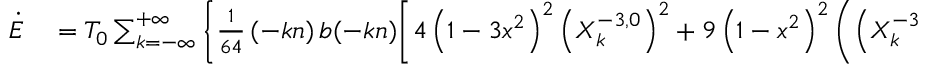
\begin{array} { r l } { \dot { E } } & { { } = { \cal T } _ { 0 } \sum _ { k = - \infty } ^ { + \infty } \Bigg \{ \frac { 1 } { 6 4 } \, ( - k n ) \, b ( - k n ) \bigg [ 4 \left( 1 - 3 x ^ { 2 } \right) ^ { 2 } \left( X _ { k } ^ { - 3 , 0 } \right) ^ { 2 } + 9 \left( 1 - x ^ { 2 } \right) ^ { 2 } \left( \left( X _ { k } ^ { - 3 , - 2 } \right) ^ { 2 } + \left( X _ { k } ^ { - 3 , 2 } \right) ^ { 2 } \right) \bigg ] } \end{array}